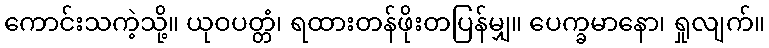
ကောင်းသကဲ့သို့။ ယုဝပတ္တံ၊ ရထားတန်ဖိုးတပြန်မျှ။ ပေက္ခမာနော၊ ရှုလျက်။